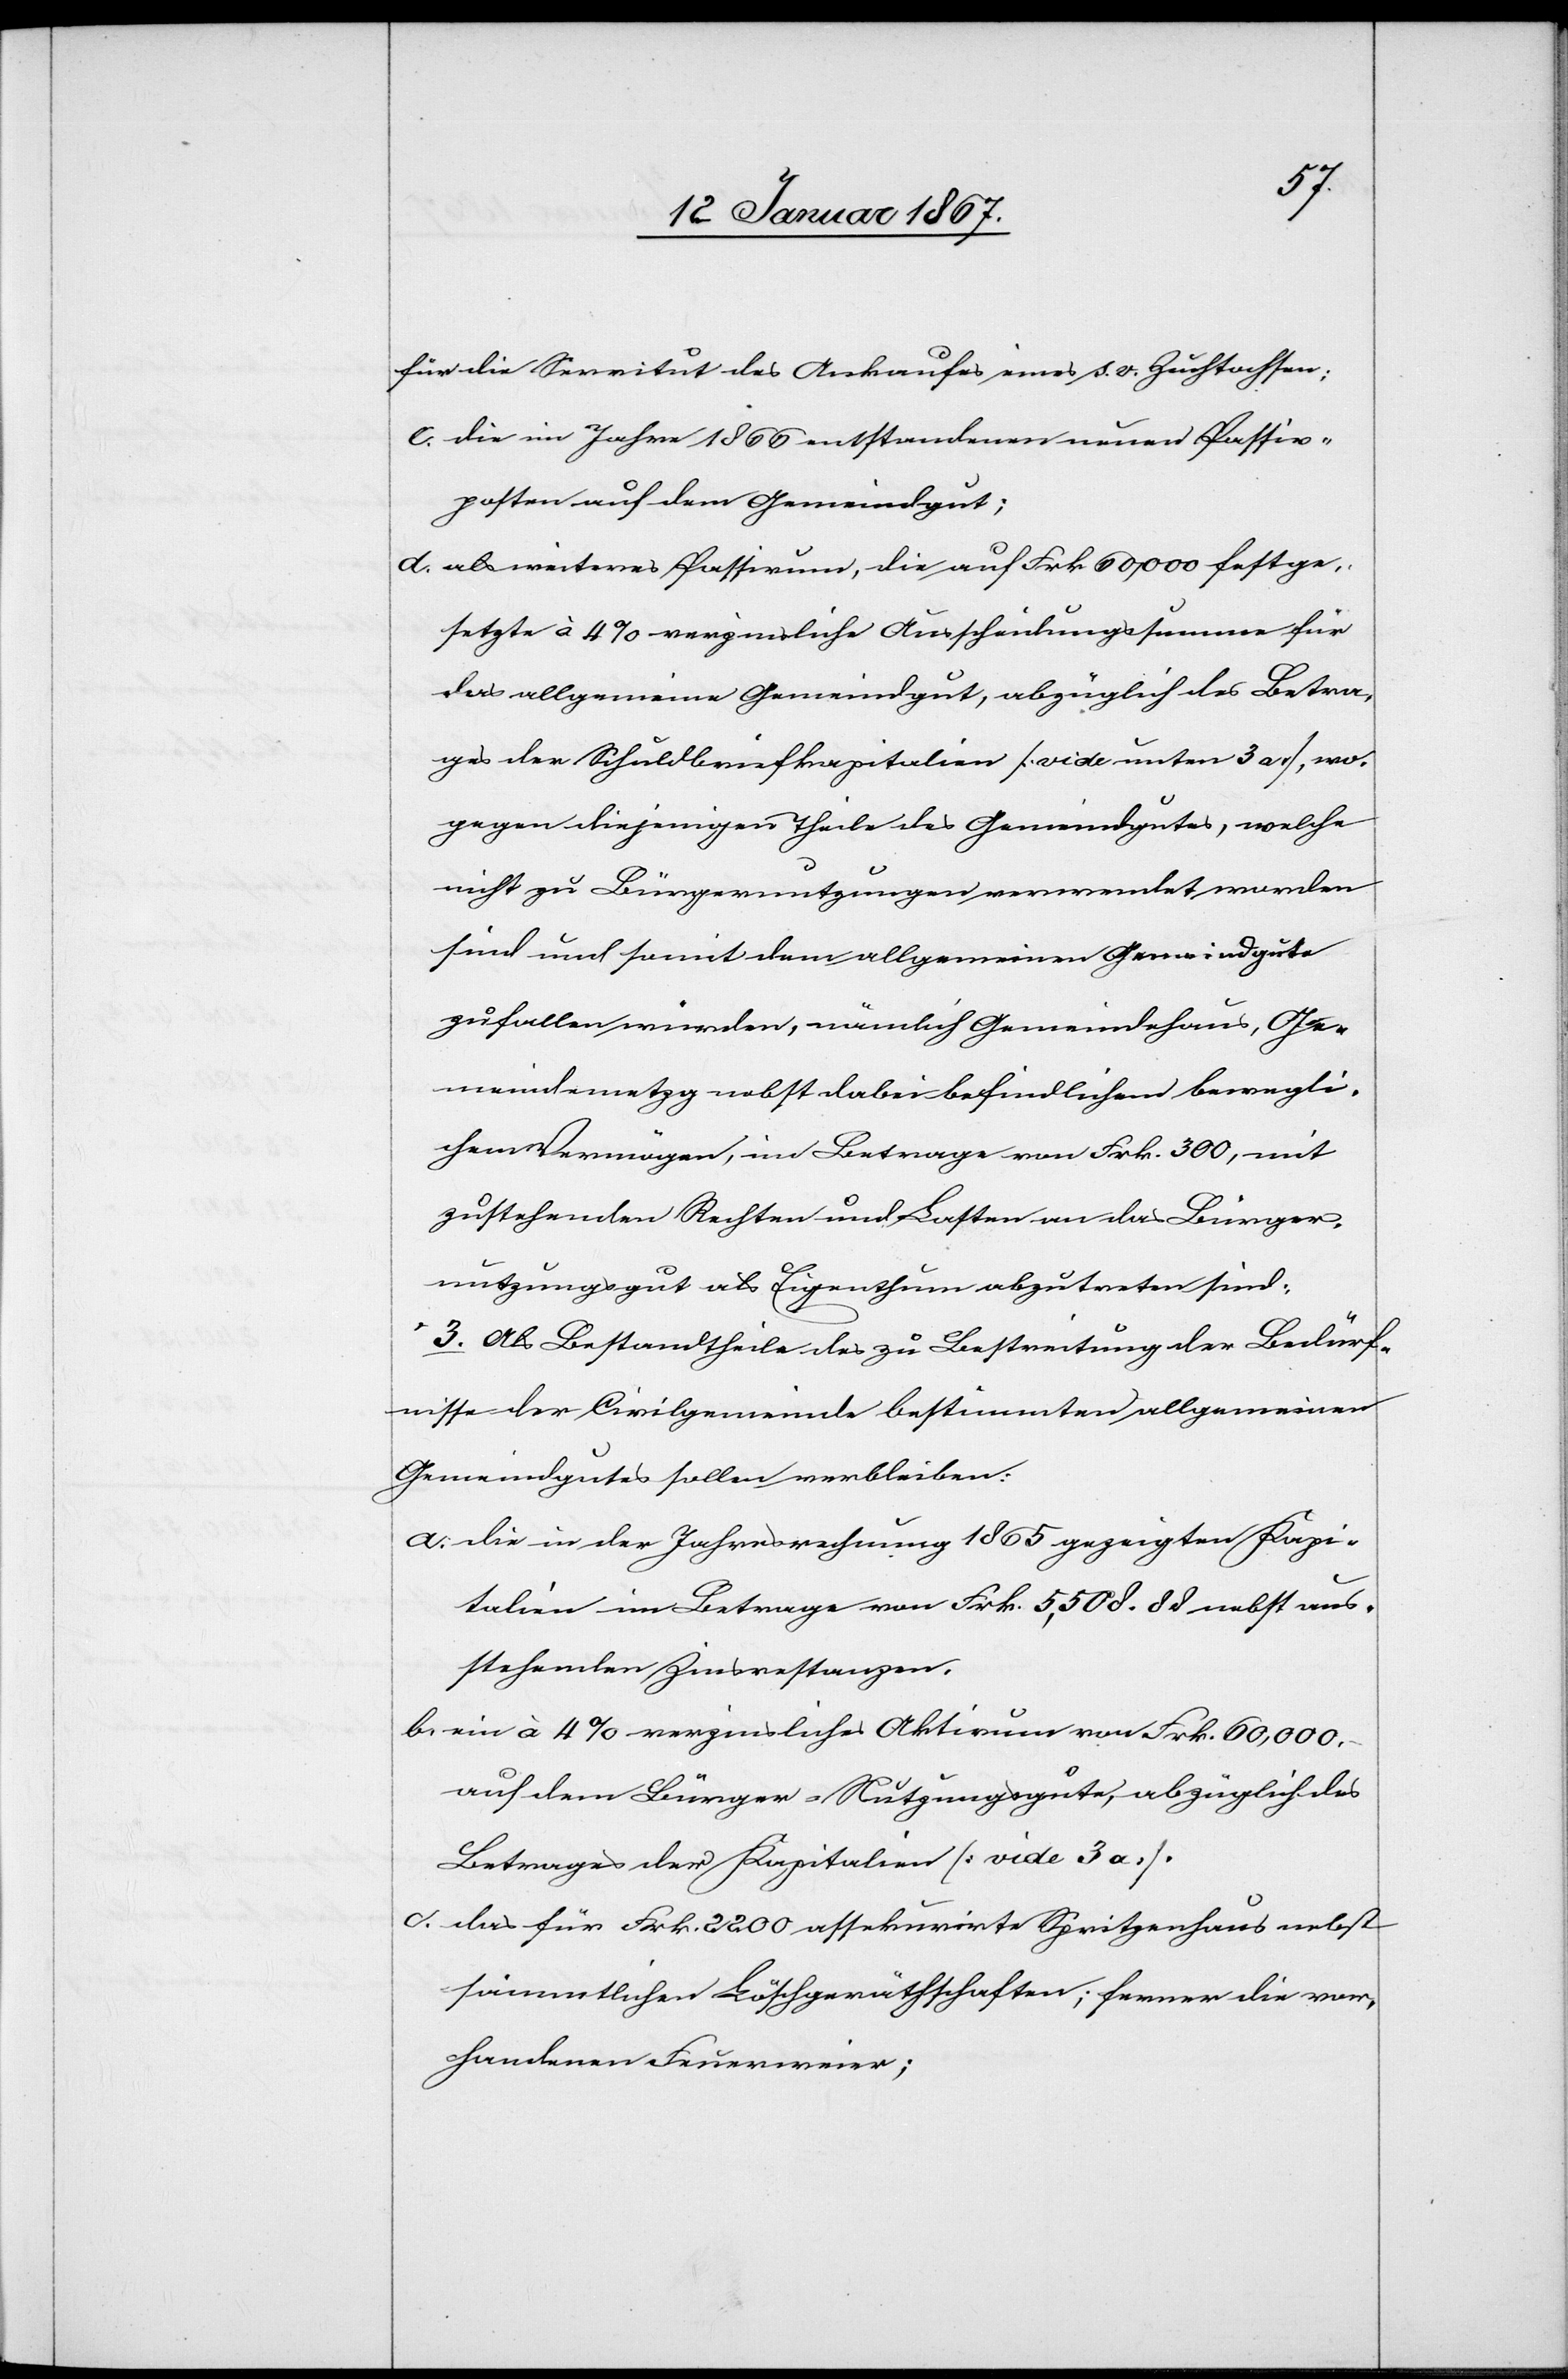
für die Servitut des Ankaufes eines s. v. Zuchtochsen;
c. die im Jahre 1866 entstandenen neuen Passiv¬
posten auf dem Gemeindgut;
d. als weiteres Passivum, die auf Frk. 60,000 festge¬
setzte à 4% verzinsliche Ausscheidungssumme für
das allgemeine Gemeindgut, abzüglich des Betra¬
ges der Schuldbriefkapitalien [vide unten 3a], wo¬
gegen diejenigen Theile des Gemeindgutes, welche
nicht zu Bürgernutzungen verwendet worden
sind und somit dem allgemeinen Gemeindegute
zufallen würden, nämlich Gemeindehaus, Ge¬
meindemetzg nebst dabei befindlichen bewegli¬
chem Vermögen, im Betrage von Frk. 300, mit
zustehenden Rechten und Lasten an das Bürger¬
nutzungsgut als Eigenthum abzutreten sind.
3. Als Bestandtheile des zu Bestreitung der Bedürf¬
nisse der Civilgemeinde bestimmten allgemeinen
Gemeindgutes sollen verbleiben:
a. die in der Jahresrechnung 1865 gezeigten Kapi¬
talien im Betrage von Frk. 5,508.88 nebst aus¬
stehenden Zinsrestanzen.
b. ein à 4% verzinsliches Aktivum von Frk. 60,000.–
auf dem Bürger-Nutzungsgute, abzüglich des
Betrages der Kapitalien [vide 3a].
c. das für Frk. 2200 assekurirte Spritzenhaus nebst
sämmtlichen Löschgerätschaften; ferner die vor¬
handenen Feuerweier;